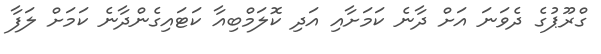
ގްރޫޕުގެ ދެވަނަ އަށް ދާނެ ކަމަށާއި އަދި ކޮލަމްބިއާ ކަޓައިގެންދާނެ ކަމަށް ލަފާ